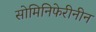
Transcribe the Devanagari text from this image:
सोमिनिफेरीनीन